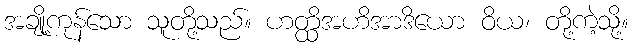
အချို့ကုန်သော သူတို့သည်။ ဟတ္ထိအဟိအာဒိယော ဝိယ၊ တို့ကဲ့သို့။